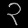
Digit: ၃